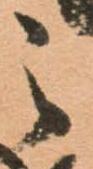
之